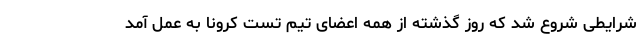
شرایطی شروع شد که روز گذشته از همه اعضای تیم تست کرونا به عمل آمد